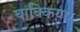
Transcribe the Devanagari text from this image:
चाक्कियार